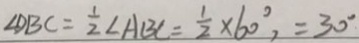
\angle D B C = \frac { 1 } { 2 } \angle A B C = \frac { 1 } { 2 } \times 6 0 ^ { \circ } , = 3 0 ^ { \circ }